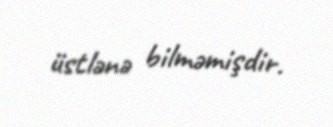
üstlənə bilməmişdir.